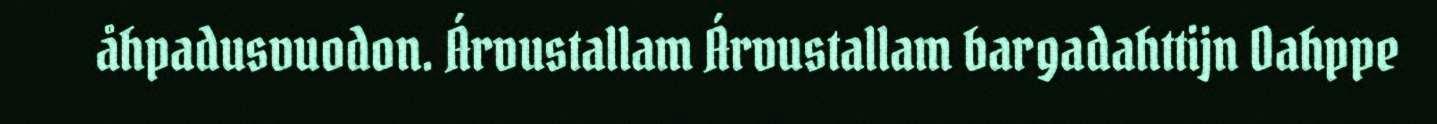
åhpadusvuodon. Árvustallam Árvustallam bargadahttijn Oahppe